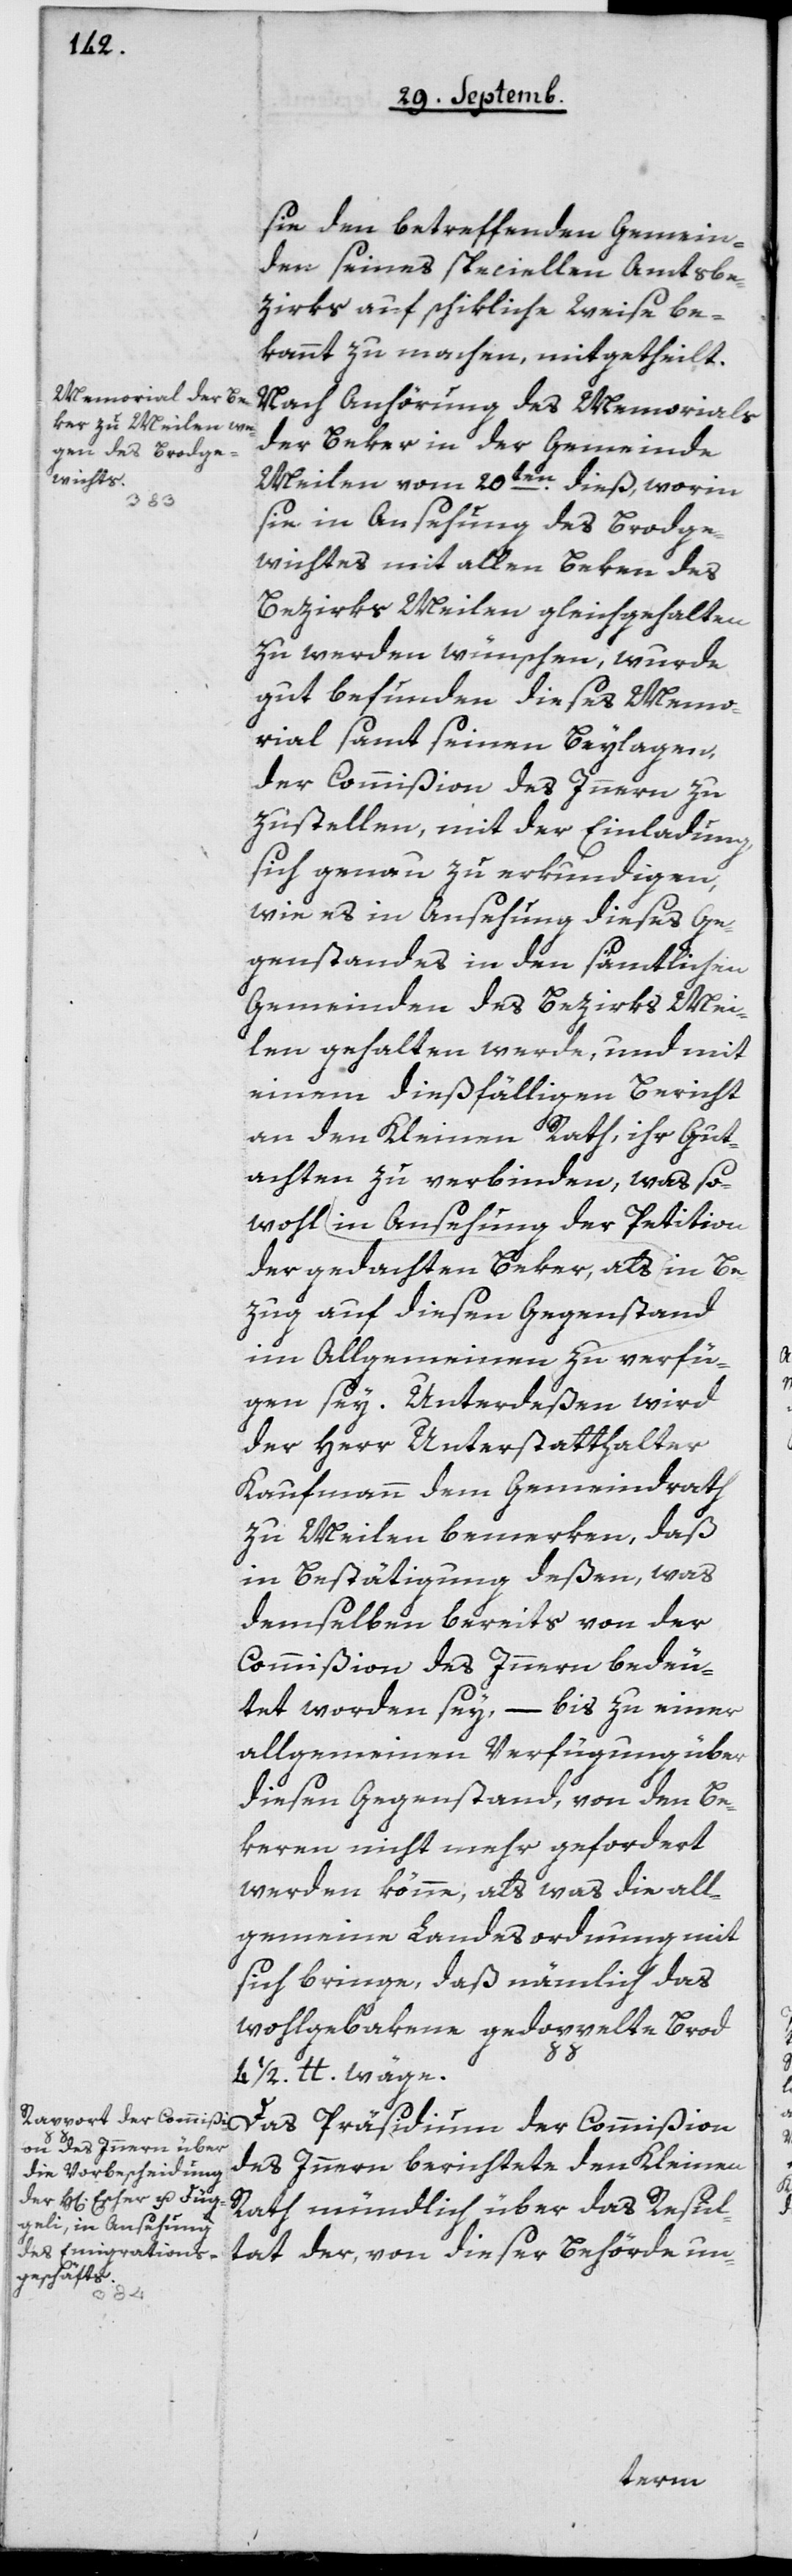
sie den betreffenden Gemein¬
den seines speciellen Amtsbe¬
zirks auf schikliche Weise be¬
kannt zu machen, mitgetheilt.
Nach Anhörung des Memorials
der Beker in der Gemeinde
Meilen vom 20ten dieß, worin
sie in Ansehung des Brodge¬
wichts mit allen Beken des
Bezirks Meilen gleichgehalten
zu werden wünschen, wurde
gut befunden, dieses Memo¬
rial samt seinen Beylagen
der Commißion des Innern zu¬
zustellen, mit der Einladung,
sich genau zu erkundigen,
wie es in Ansehung dieses Ge¬
genstandes in den sämtlichen
Gemeinden des Bezirks Mei¬
len gehalten werde, und mit
einem dießfälligen Bericht
an den Kleinen Rath, ihr Gut¬
achten zu verbinden, was so¬
wohl in Ansehung der Petition
der gedachten Beker, als in Be¬
zug auf diesen Gegenstand
im Allgemeinen zu verfü¬
gen sey. Unterdeßen wird
der Herr Unterstatthalter
Kaufmann dem Gemeindrath
zu Meilen bemerken, daß
in Bestätigung deßen, was
demselben bereits von der
Commißion des Innern bedeu¬
tet worden sey, – bis zu einer
allgemeinen Verfügung übr
diesen Gegenstand, von den Be¬
keren nicht mehr gefordert
werden könne, als was die all¬
gemeine Landesordnung mit
sich bringe, daß nämlich das
wohlgebakene gedoppelte Brod
41/2 lb. wäge.
Das Präsidium der Commißion
des Innern berichtete dem Kleinen
Rath mündlich über das Resul¬
tat der, von dieser Behörde un-